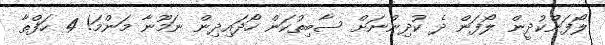
ލޯފަންކުދީން ލޯފަން ދެ ކުދިންނަށް ސާބިތުކަން ހޯދައިދިން ނަމޫނާ މަންމަ! 4 ހަފްތާ